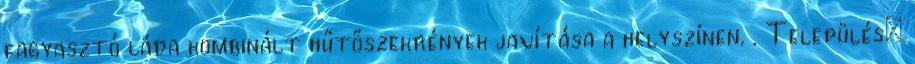
fagyasztó láda kombinált hűtőszekrények javítása a helyszínen. . Település: